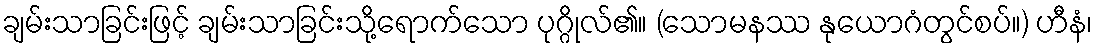
ချမ်းသာခြင်းဖြင့် ချမ်းသာခြင်းသို့ရောက်သော ပုဂ္ဂိုလ်၏။ (သောမနဿ နုယောဂံတွင်စပ်။) ဟီနံ၊